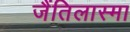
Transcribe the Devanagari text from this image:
जैंतिलास्मा